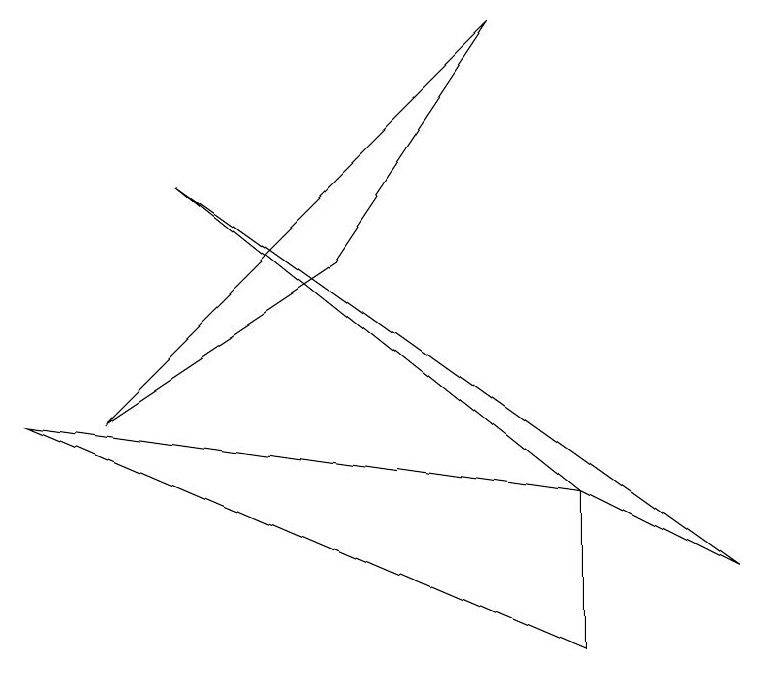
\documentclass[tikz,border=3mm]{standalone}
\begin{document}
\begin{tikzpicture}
\draw (2,7) -- (7,3) -- (9,2) -- cycle;
\draw (7,3) -- (0,4) -- (7,1) -- cycle;
\draw (1,4) -- (6,9) -- (4,6) -- cycle;
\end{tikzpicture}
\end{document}